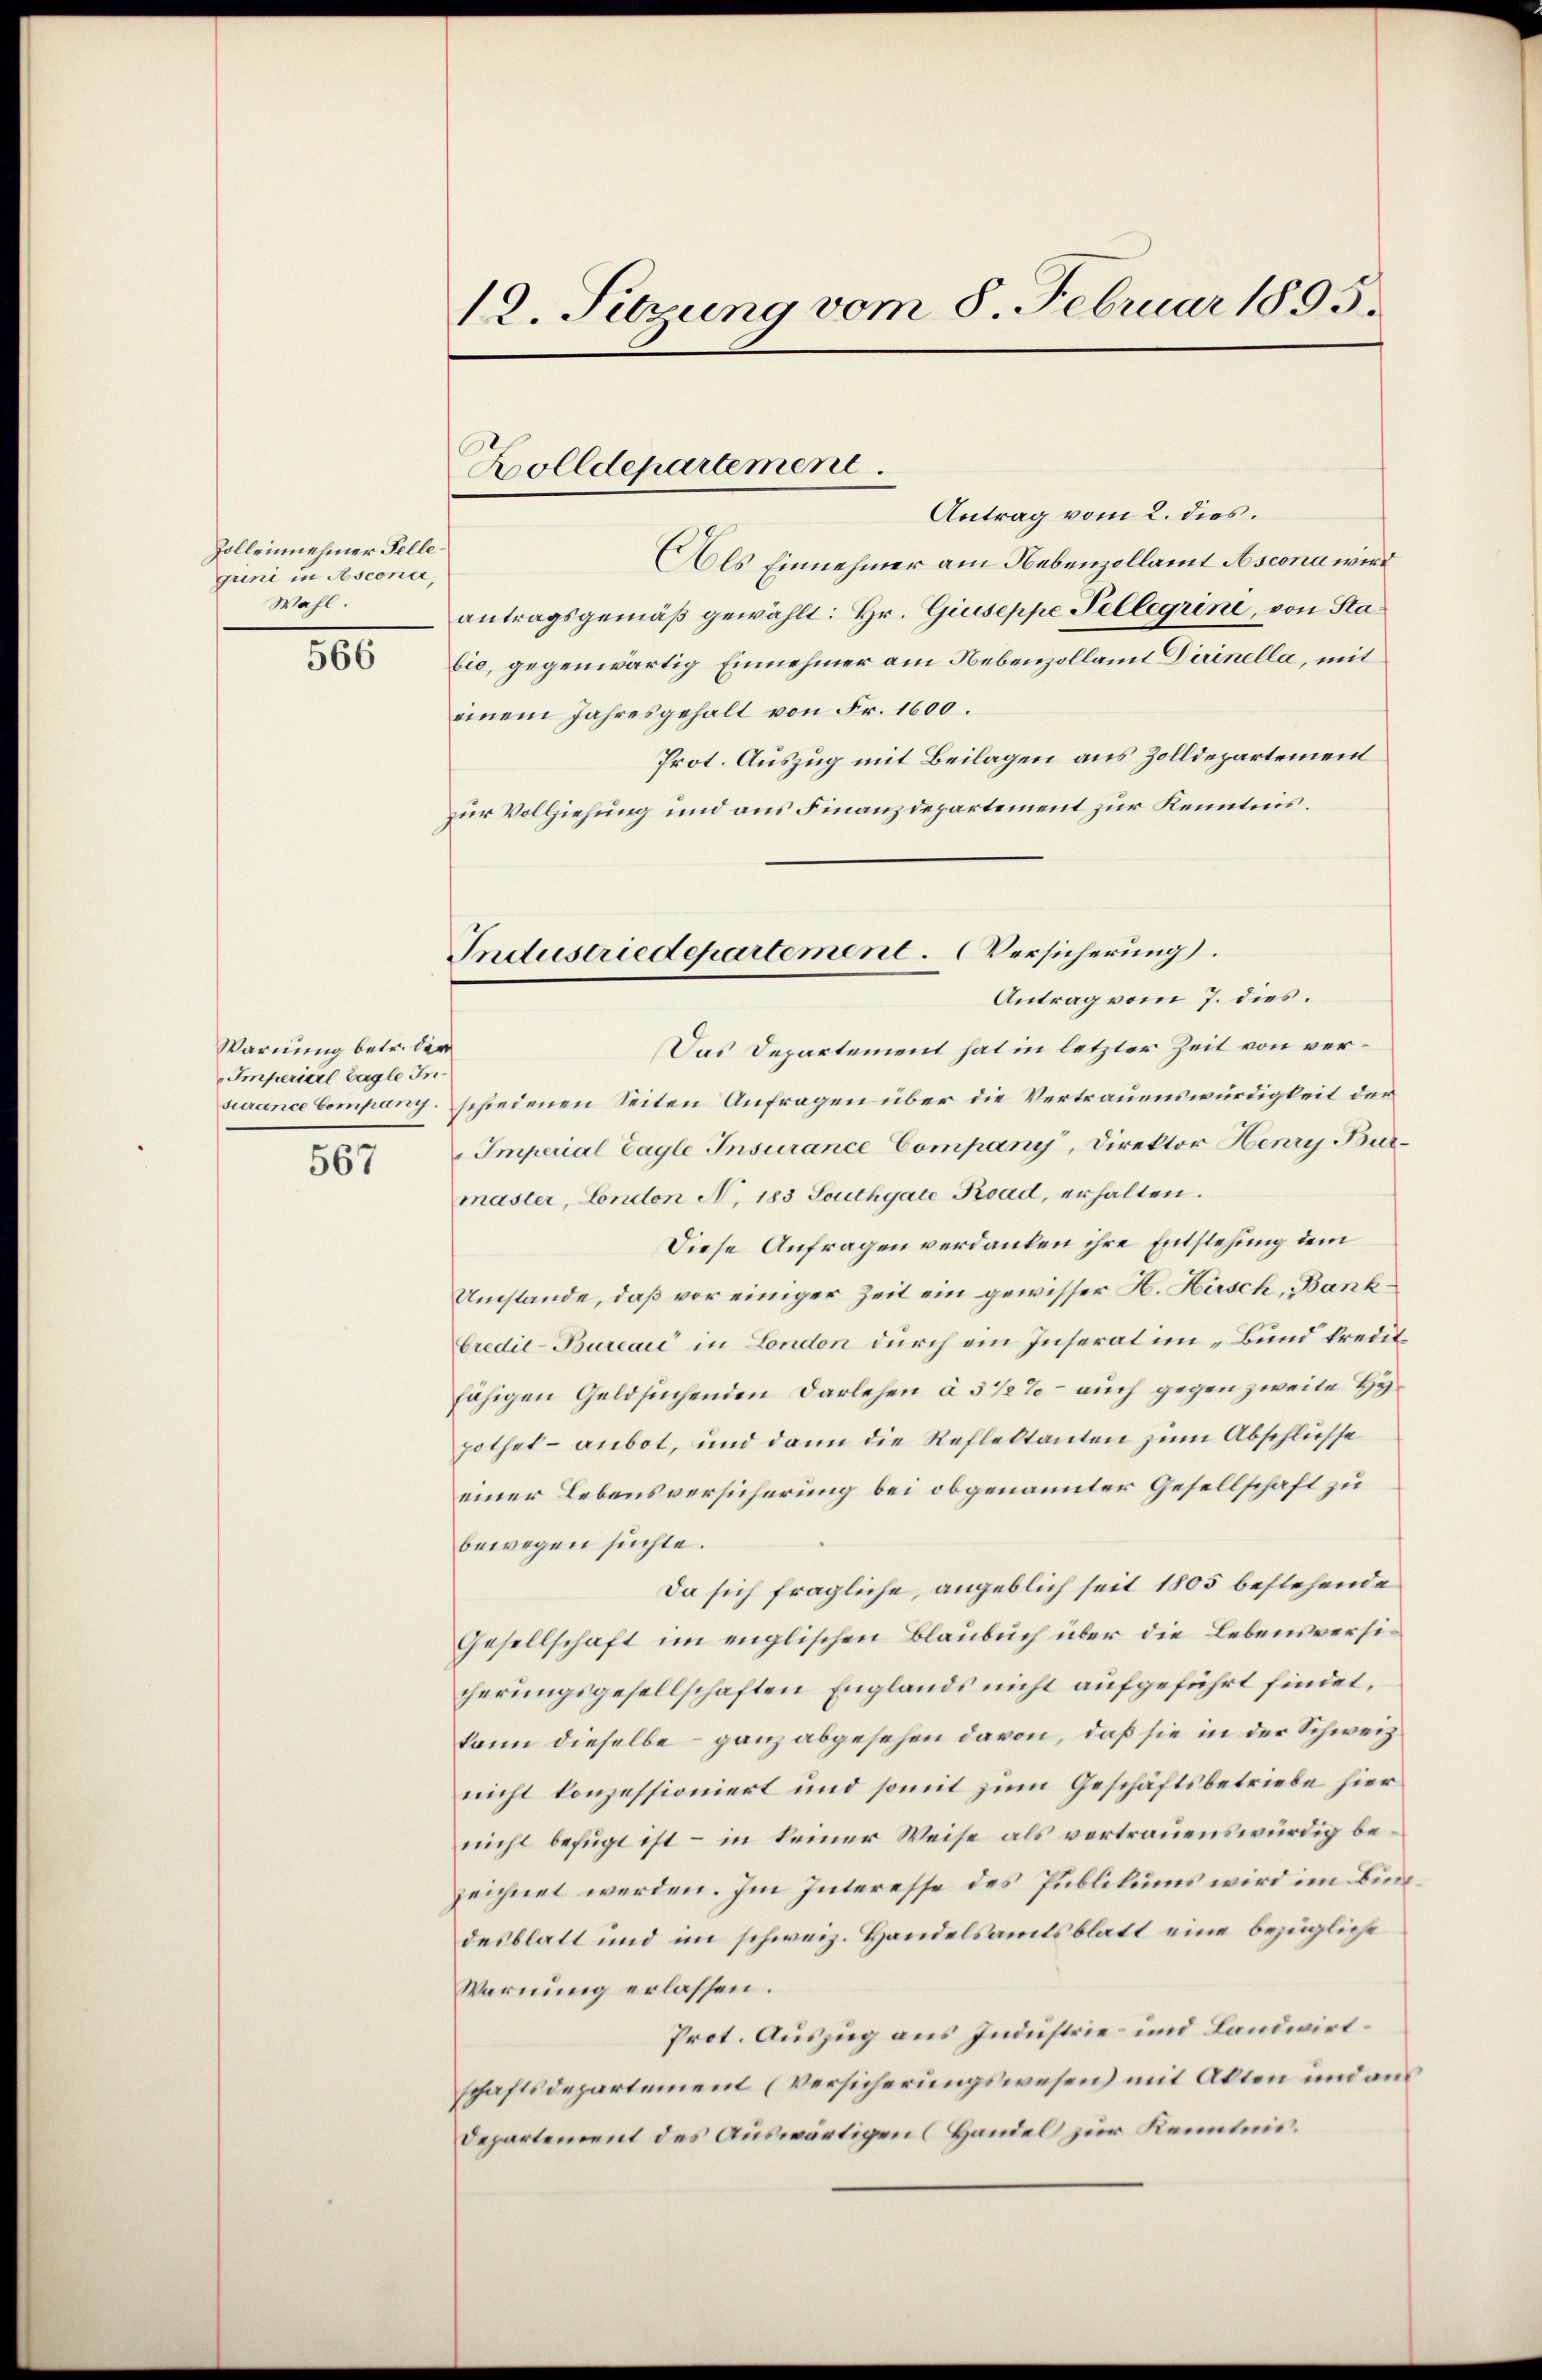
Rolleinnehmer Felle
guni in Asconi,
Wahl.

566

Warnung betr. der
Imperial bagle In
surance Company

567

12. Sitzung vom 8. Februar 1895.

Zolldepartement

Industriedepartement. Versicherung.
Antrag vom 7. dies.

Antrag vom 2. dies.
Als Einnehmer am Nebenzollamt Ascona wird
antragsgemäß gewählt: Hr. Giuseppe Tellegrine, von Stabio, gegenwärtig Einnehmer am Nebenzollamt Dirinella, mit
einem Jahresgehalt von Fr. 1600.
Prot. Auszug mit Beilagen aus Zolldepartement
zur Vollziehung und aus Finanzdepartement zur Kenntnis.
Das Departement hat in letzter Zeit von verschiedenen Seiten Anfragen über die Vertrauenswürdigkeit der
Imperial Cagle Insurance Company, Direktor Henry Burmaster, London N. 183 Southgate Road, erhalten.
Diese Anfragen verdanken ihre Entstehung dem
Umstände, daß vor einiger Zeit ein gewisser H. Hirsch, Bank¬
Credit-Bureaić in London durch ein Inserat im „Bund kreditfähigen Geldsuchenden Darlehen à 5 1/2% - auch gegen zweite Hypothek- anbot, und dann die Refleltanten zum Abschlüsse
einer Lebensversicherung bei obgenannter Gesellschaft zu
bewegen suchte.
Da sich fragliche, angeblich seit 1805 bestehende
Gesellschaft im englischen Blaubuch über die Lebensversicherungsgesellschaften Englands nicht aufgeführt findet,
kann dieselbe - ganz abgesehen davon, daß sie in der Schweiz
nicht konzessioniert und somit zum Geschäftsbetriebe hier
nicht befugt ist – in keiner Weise als vortrauenswürdig bezeichnet werden. Im Interesse des Publikums wird im Bundesblatt und im schweiz. Handelsamtsblatt eine bezügliche
Warnung erlassen.
Prot. Auszug aus Industrie und Landwirtschaftsdepartement (Versicherungswesen) mit Akten und aus
Departement des Auswärtigen (Handel zur Kenntnis.